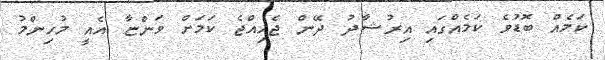
ކަމެއް ބޮޑުވެ ކަމެއްގައި އިރުޝާދު ދޭން ޖެހިއްޖެ ކަމަށް ވަންޏާ އެއީ މުހިންމު